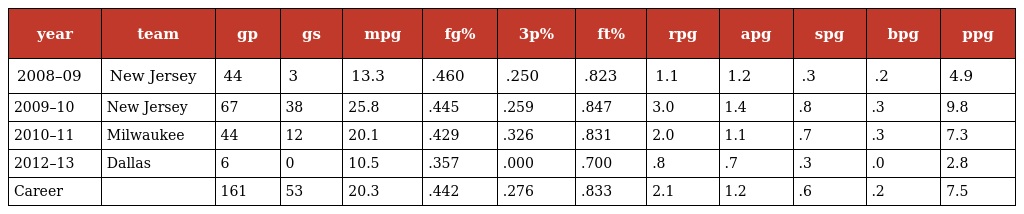
| year | team | gp | gs | mpg | fg% | 3p% | ft% | rpg | apg | spg | bpg | ppg |
 | --- | --- | --- | --- | --- | --- | --- | --- | --- | --- | --- | --- | --- |
 | 2008–09 | New Jersey | 44 | 3 | 13.3 | .460 | .250 | .823 | 1.1 | 1.2 | .3 | .2 | 4.9 |
 | 2009–10 | New Jersey | 67 | 38 | 25.8 | .445 | .259 | .847 | 3.0 | 1.4 | .8 | .3 | 9.8 |
 | 2010–11 | Milwaukee | 44 | 12 | 20.1 | .429 | .326 | .831 | 2.0 | 1.1 | .7 | .3 | 7.3 |
 | 2012–13 | Dallas | 6 | 0 | 10.5 | .357 | .000 | .700 | .8 | .7 | .3 | .0 | 2.8 |
 | Career |  | 161 | 53 | 20.3 | .442 | .276 | .833 | 2.1 | 1.2 | .6 | .2 | 7.5 |